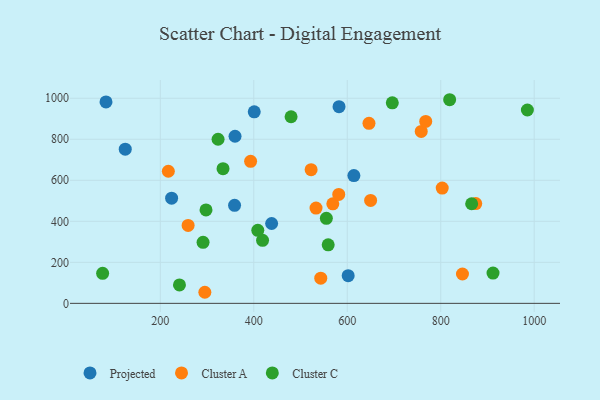
{"axis": {"x": "Investment", "y": "Rating"}, "legend": ["Cluster A", "Cluster C", "Projected"], "data": [{"x": "438.2", "y": 389.3, "type": "Projected"}, {"x": "401.0", "y": 933.6, "type": "Projected"}, {"x": "614.2", "y": 623.2, "type": "Projected"}, {"x": "602.0", "y": 134.9, "type": "Projected"}, {"x": "224.2", "y": 513.0, "type": "Projected"}, {"x": "582.4", "y": 958.7, "type": "Projected"}, {"x": "83.8", "y": 982.2, "type": "Projected"}, {"x": "358.9", "y": 477.7, "type": "Projected"}, {"x": "359.9", "y": 814.6, "type": "Projected"}, {"x": "125.0", "y": 751.5, "type": "Projected"}, {"x": "295.3", "y": 54.0, "type": "Cluster A"}, {"x": "758.3", "y": 838.4, "type": "Cluster A"}, {"x": "522.7", "y": 651.8, "type": "Cluster A"}, {"x": "646.5", "y": 877.9, "type": "Cluster A"}, {"x": "569.1", "y": 485.3, "type": "Cluster A"}, {"x": "393.2", "y": 692.4, "type": "Cluster A"}, {"x": "650.0", "y": 501.9, "type": "Cluster A"}, {"x": "581.8", "y": 530.9, "type": "Cluster A"}, {"x": "259.5", "y": 379.7, "type": "Cluster A"}, {"x": "846.5", "y": 143.2, "type": "Cluster A"}, {"x": "803.2", "y": 562.2, "type": "Cluster A"}, {"x": "543.3", "y": 122.9, "type": "Cluster A"}, {"x": "217.2", "y": 644.0, "type": "Cluster A"}, {"x": "767.9", "y": 887.1, "type": "Cluster A"}, {"x": "874.9", "y": 486.4, "type": "Cluster A"}, {"x": "533.2", "y": 464.5, "type": "Cluster A"}, {"x": "559.2", "y": 285.4, "type": "Cluster C"}, {"x": "334.2", "y": 656.4, "type": "Cluster C"}, {"x": "555.3", "y": 414.6, "type": "Cluster C"}, {"x": "819.1", "y": 992.8, "type": "Cluster C"}, {"x": "985.4", "y": 942.8, "type": "Cluster C"}, {"x": "291.5", "y": 297.7, "type": "Cluster C"}, {"x": "479.8", "y": 909.7, "type": "Cluster C"}, {"x": "696.4", "y": 977.7, "type": "Cluster C"}, {"x": "418.8", "y": 307.5, "type": "Cluster C"}, {"x": "408.6", "y": 356.2, "type": "Cluster C"}, {"x": "76.6", "y": 146.3, "type": "Cluster C"}, {"x": "323.6", "y": 800.1, "type": "Cluster C"}, {"x": "297.8", "y": 455.7, "type": "Cluster C"}, {"x": "911.9", "y": 147.8, "type": "Cluster C"}, {"x": "241.0", "y": 89.8, "type": "Cluster C"}, {"x": "866.2", "y": 485.5, "type": "Cluster C"}]}